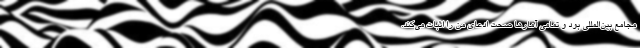
مجامع بین‌المللی بود و تمامی آمارها صحت ادعای من را اثبات می‌کند.